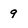
Character: 9